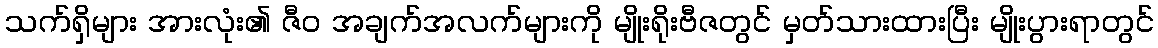
သက်ရှိများ အားလုံး၏ ဇီဝ အချက်အလက်များကို မျိုးရိုးဗီဇတွင် မှတ်သားထားပြီး မျိုးပွားရာတွင်